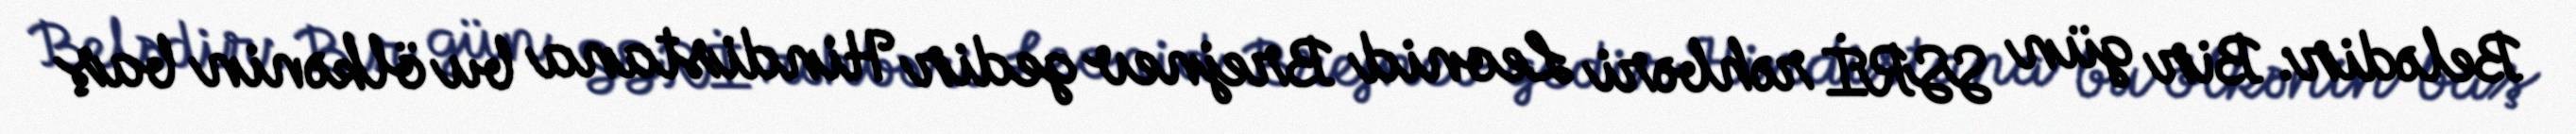
Belədir: Bir gün SSRİ rəhbəri Leonid Brejnev gedir Hindistana bu ölkənin baş